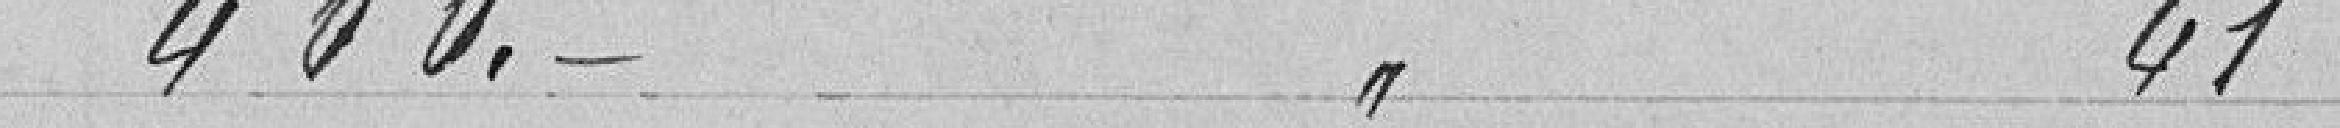
400. 41